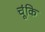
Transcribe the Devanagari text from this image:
चूंकि